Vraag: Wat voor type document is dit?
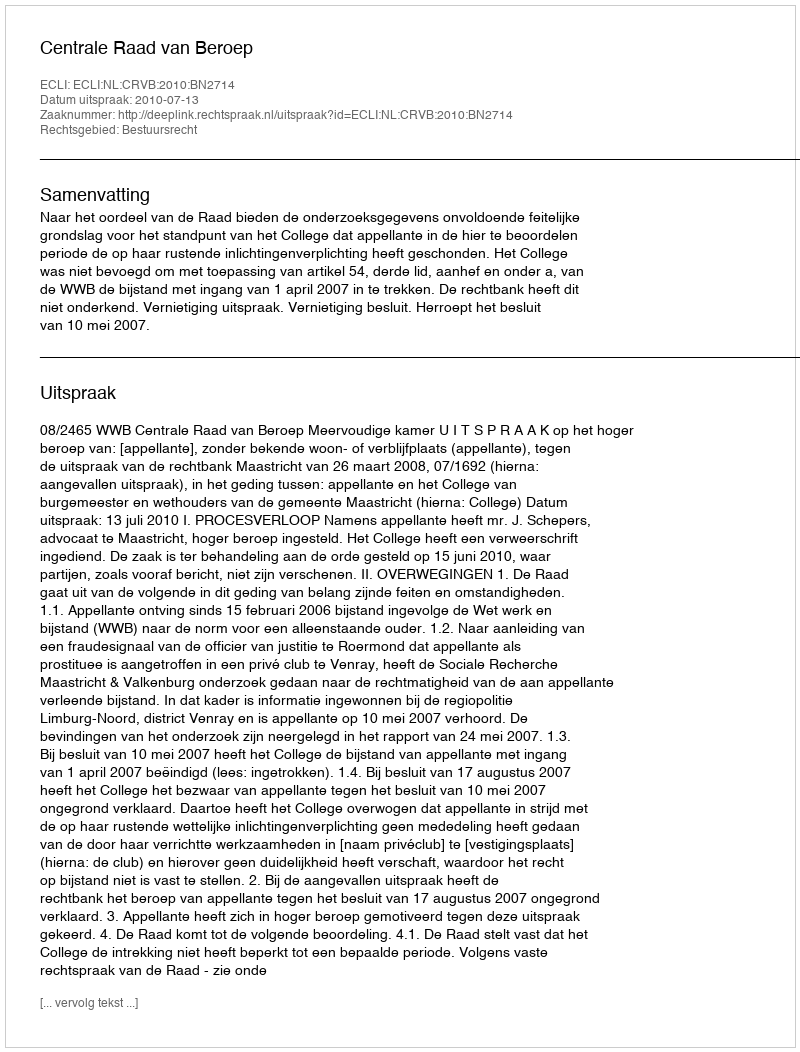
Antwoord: Uitspraak